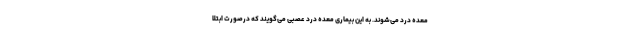
معده درد می‌شوند. به این بیماری معده درد عصبی می‌گویند که درصورت ابتلا